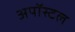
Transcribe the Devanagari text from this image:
अपॉस्टल